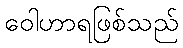
ဝေါဟာရဖြစ်သည်